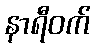
နာရီဝက်